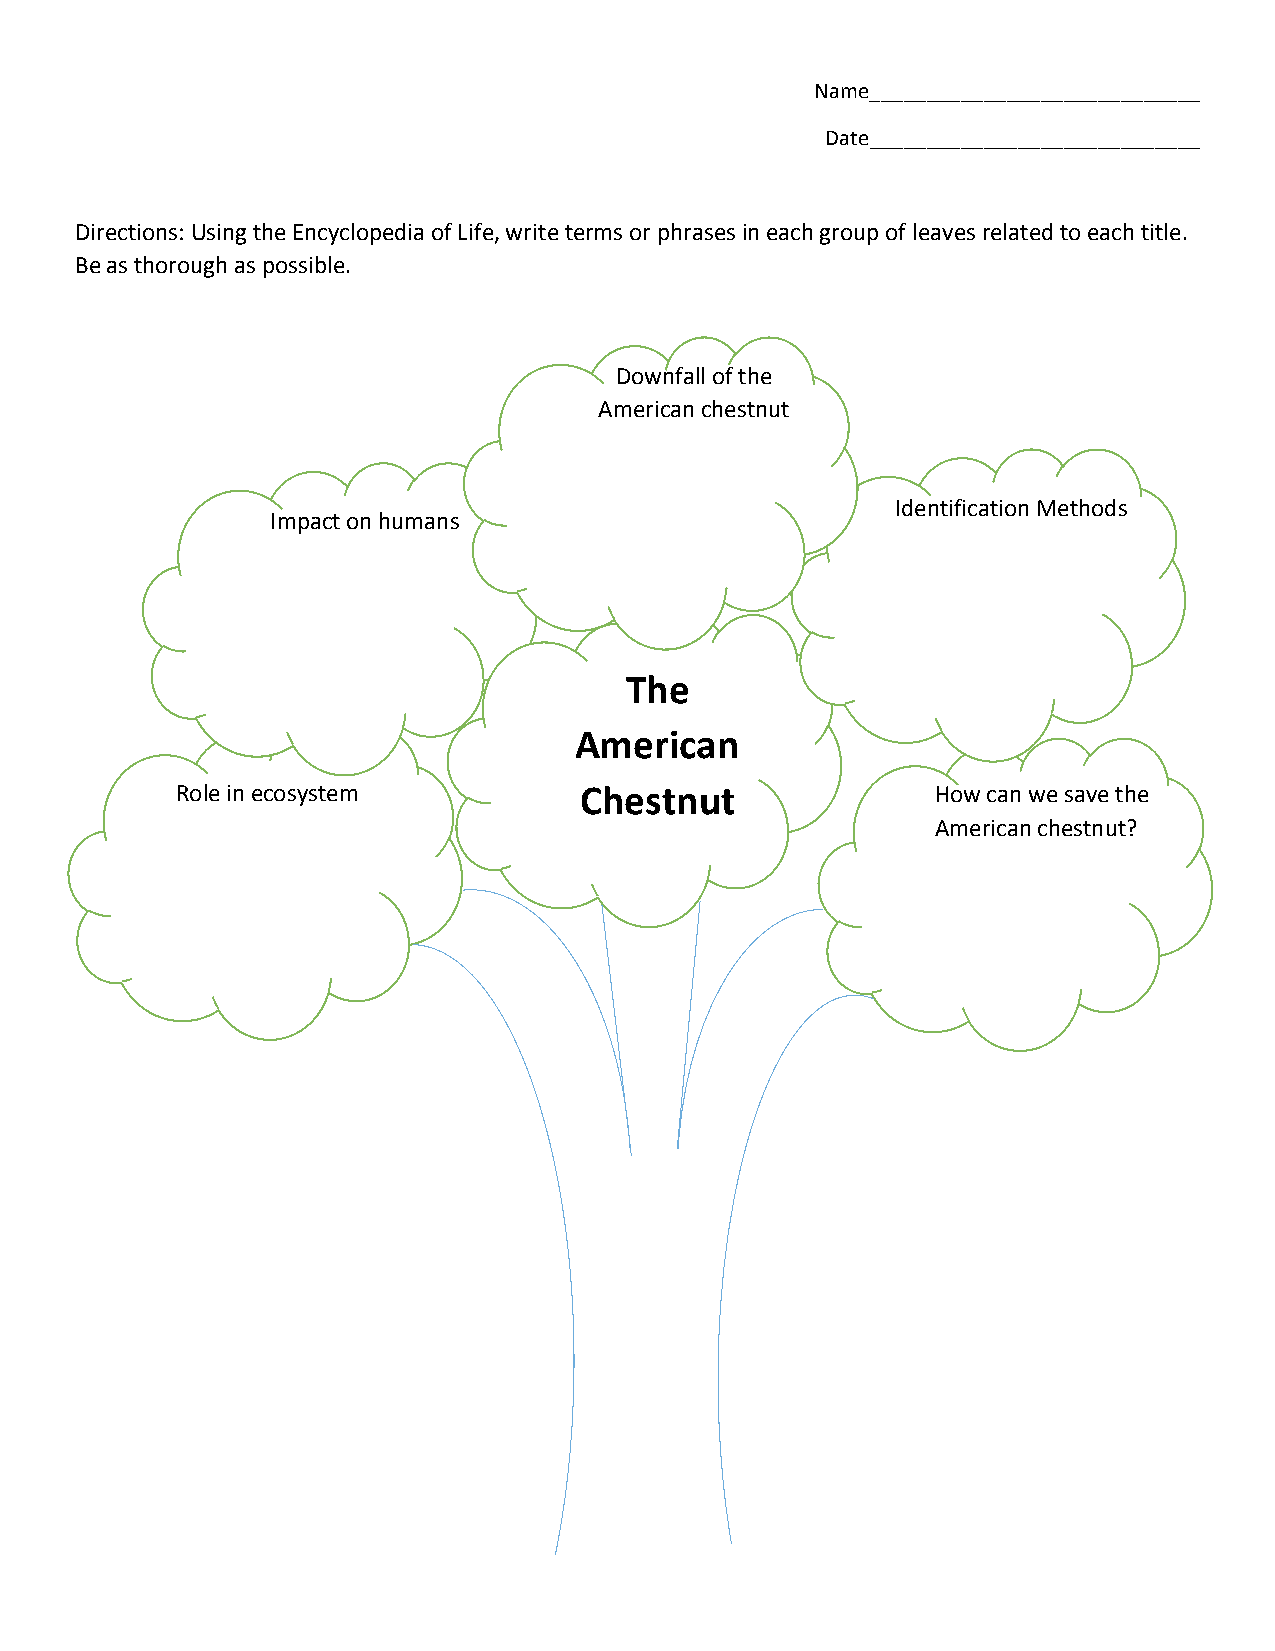
Name_____________________________
 Date_____________________________
 Directions: Using the Encyclopedia of Life, write terms or phrases in each group of leaves related to each title.
 Be as thorough as possible.
 Downfall of the
 American chestnut
 Identification Methods
 Impact on humans
 The
 American
 Role in ecosystem         Chestnut                How can we save the
 American chestnut?